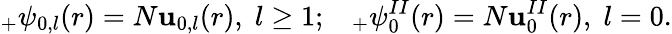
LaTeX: _{+}\psi_{0,l}(r)=N\mathbf{u}_{0,l}(r){},\; l\geq1;\; \; \; _{+}\psi_{0}^{II}(r)=N\mathbf{u}_{0}^{II}(r){},\; l=0.